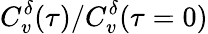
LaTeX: C_{v}^{\delta}(\tau)/C_{v}^{\delta}(\tau=0)